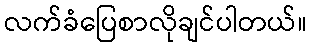
လက်ခံပြေစာလိုချင်ပါတယ်။